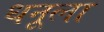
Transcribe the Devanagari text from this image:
धनूला